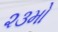
૨૩મો